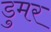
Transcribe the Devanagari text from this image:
डुमर